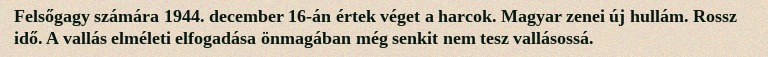
Felsőgagy számára 1944. december 16-án értek véget a harcok. Magyar zenei új hullám. Rossz idő. A vallás elméleti elfogadása önmagában még senkit nem tesz vallásossá.